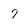
Character: 7